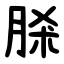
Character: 脎